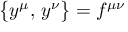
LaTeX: \bigl \{ y ^ { \mu } , \, y ^ { \nu } \bigr \} = f ^ { \mu \nu }